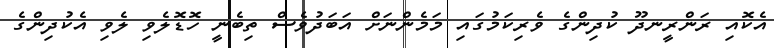
އެކޮއި ރަންރީނދޫ ކުދިންގެ ވެރިކަމުގައި މަމެންނަށް އަބަދުވެސް ތިބެނީ ހޮޑޮލެވި ލެވި އެކުދިންގެ